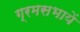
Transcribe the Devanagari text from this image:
ग्रमसभायें